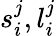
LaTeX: s_{i}^{j},l_{i}^{j}